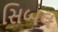
સિબલ